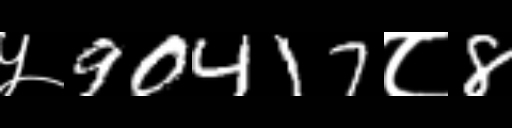
Text: ५90417८8